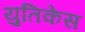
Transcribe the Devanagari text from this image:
युतिकेस